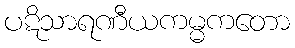
ပဋိသာရဏီယကမ္မကတော